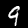
Digit: 9